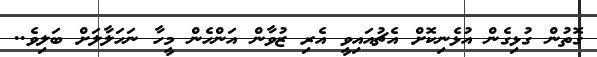
ގޮތުން ގުޅިގެން އުޅެނިކޮށް އެޗުއައިވީ އެރި ޒުވާން އަންހެން މީހާ ނަހަލާލަށް ބަލިވެ..